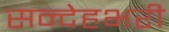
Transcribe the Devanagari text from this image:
सन्देहभरी